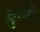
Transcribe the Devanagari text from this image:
ब्रुग्गी